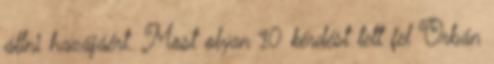
állni hazájáért. Most olyan 10 kérdést tett fel Orbán